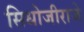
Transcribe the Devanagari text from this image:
सिधोजीराजे